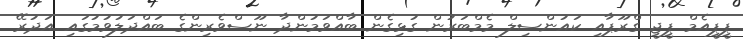
ޕީޕީއެމް ޕީޖީ ގްރޫޕާއި ކައުންސިލް މެމްބަރުން ގުޅިގެން ބާއްވަމުންދާ ނޫސްވެރިންގެ ބައްދަލުވުމުގައި އަދުރޭ